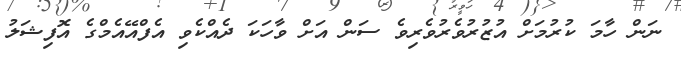
ނަން ހާމަ ކުރުމަށް އުޒުރުވެރުވެރިވެ ސަން އަށް ވާހަކަ ދެއްކެވި އެފްއޭއެމްގެ އޮފިޝަލު